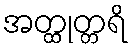
အတ္ထုတ္တရိ